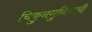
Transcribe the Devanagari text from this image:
चिकुनगुनियाची